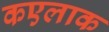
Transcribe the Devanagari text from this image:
कएलाक